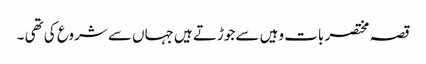
قصہ مختصر بات وہیں سے جوڑتے ہیں جہاں سے شروع کی تھی ۔